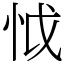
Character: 怴